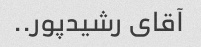
آقای رشیدپور..